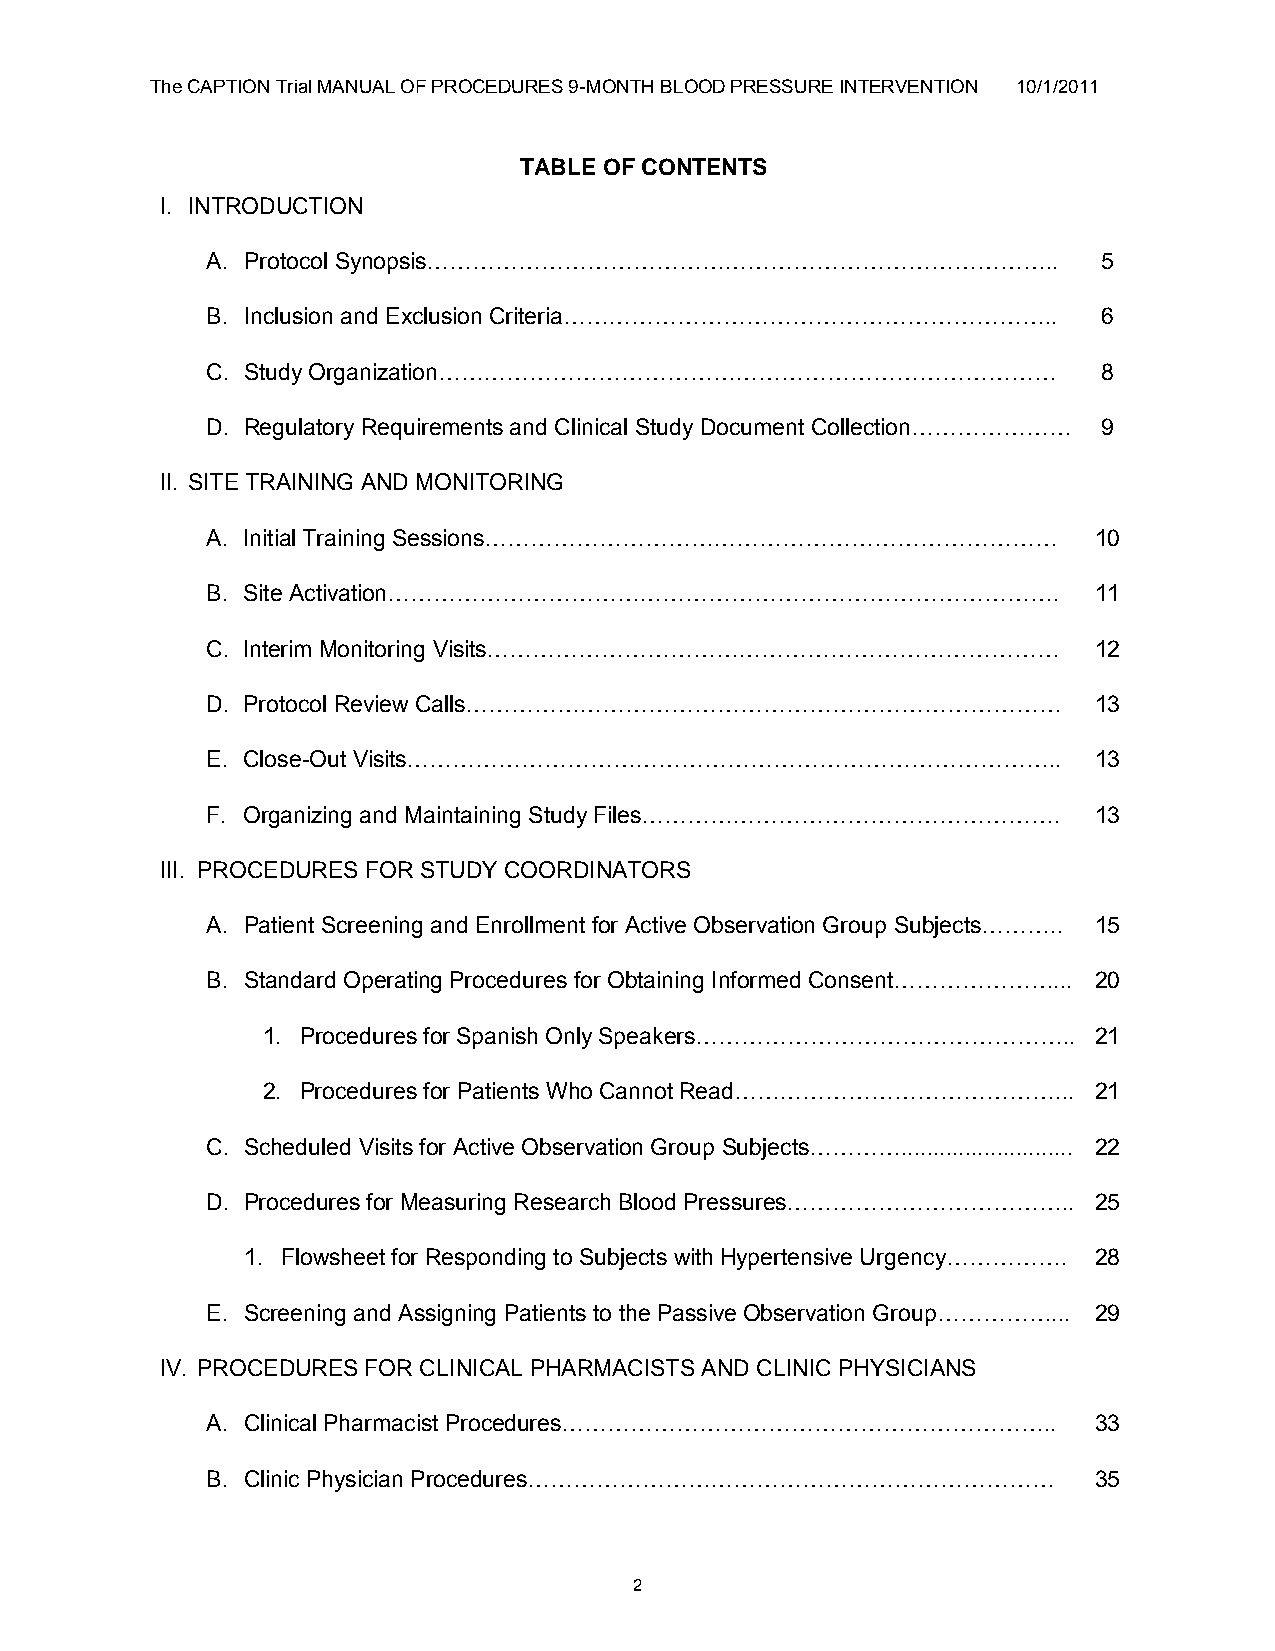
The CAPTION Trial MANUAL OF PROCEDURES 9-MONTH BLOOD PRESSURE INTERVENTION 10/1/2011
 TABLE OF CONTENTS
 I. INTRODUCTION
 A. Protocol Synopsis………………………………………………………………………..          5
 B. Inclusion and Exclusion Criteria……………………………………………………….. 6
 C. Study Organization………………………………………………………………………           8
 D. Regulatory Requirements and Clinical Study Document Collection………………… 9
 II. SITE TRAINING AND MONITORING
 A. Initial Training Sessions…………………………………………………………………     10
 B. Site Activation…………………………………………………………………………….          11
 C. Interim Monitoring Visits…………………………………………………………………     12
 D. Protocol Review Calls……………………………………………………………………        13
 E. Close-Out Visits…………………………………………………………………………..         13
 F. Organizing and Maintaining Study Files………………………………………………. 13
 III. PROCEDURES FOR STUDY COORDINATORS
 A. Patient Screening and Enrollment for Active Observation Group Subjects……….. 15
 B. Standard Operating Procedures for Obtaining Informed Consent…………………... 20
 1. Procedures for Spanish Only Speakers………………………………………….. 21
 2. Procedures for Patients Who Cannot Read……………………………………... 21
 C. Scheduled Visits for Active Observation Group Subjects…………........................... 22
 D. Procedures for Measuring Research Blood Pressures……………………………….. 25
 1. Flowsheet for Responding to Subjects with Hypertensive Urgency……………. 28
 E. Screening and Assigning Patients to the Passive Observation Group……………... 29
 IV. PROCEDURES FOR CLINICAL PHARMACISTS AND CLINIC PHYSICIANS
 A. Clinical Pharmacist Procedures………………………………………………………..  33
 B. Clinic Physician Procedures……………………………………………………………     35
 2